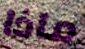
ماذا